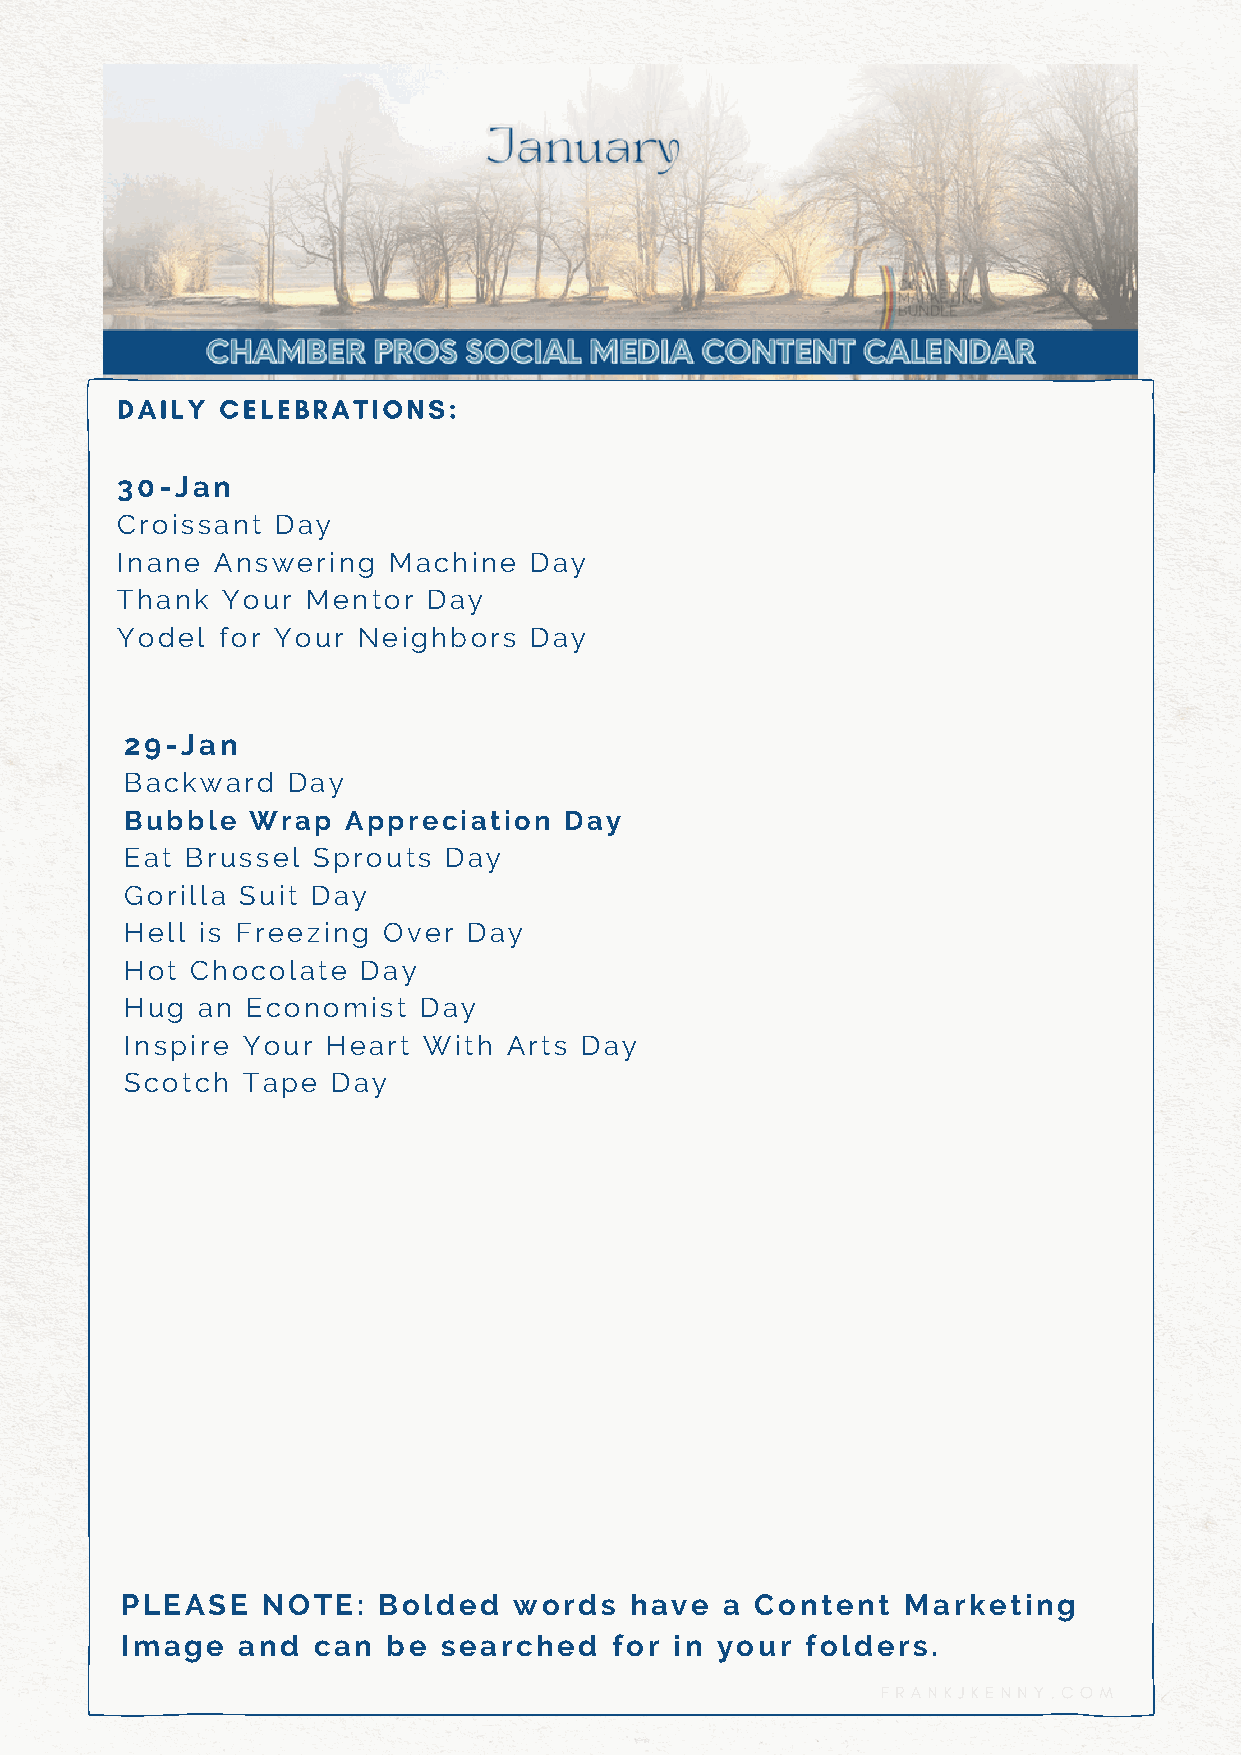
DAILY  CELEBRATIONS:
 30-Jan
 Croissant Day
 Inane Answering   Machine  Day
 Thank  Your Mentor  Day
 Yodel for Your  Neighbors  Day
 29-Jan
 Backward   Day
 Bubble   Wrap  Appreciation  Day
 Eat Brussel  Sprouts Day
 Gorilla Suit Day
 Hell is Freezing Over  Day
 Hot  Chocolate  Day
 Hug  an Economist   Day
 Inspire Your  Heart With  Arts Day
 Scotch  Tape  Day
 PLEASE   NOTE:   Bolded   words   have  a Content   Marketing
 Image   and  can  be searched   for  in your folders.
 FRANKJKENNY.COM